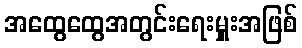
အထွေထွေအတွင်းရေးမှူးအဖြစ်